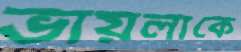
ভায়লাকে